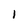
Character: 1